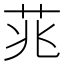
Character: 𮎮